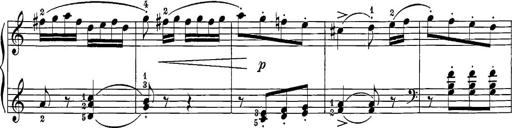
Title: 12 Sonatine per Pianoforte
Composer: Friedrich Kuhlau